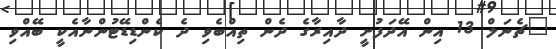
"ޗެނަލް 13 އިން އޭދަފުށީ ދާއިރާގެ ދެން ތިއްބެވި ދެ ކެންޑިޑޭޓުންނާއެކީ ބޭއްވި